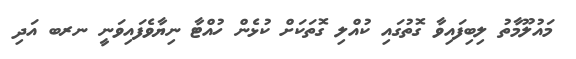
މައުލޫމާތު ލިބިފައިވާ ގޮތުގައި ކުއްލި ގޮތަކަށް ކުޅެން ހުއްޓާ ނިޔާވެފައިވަނީ ނރބ އަދި